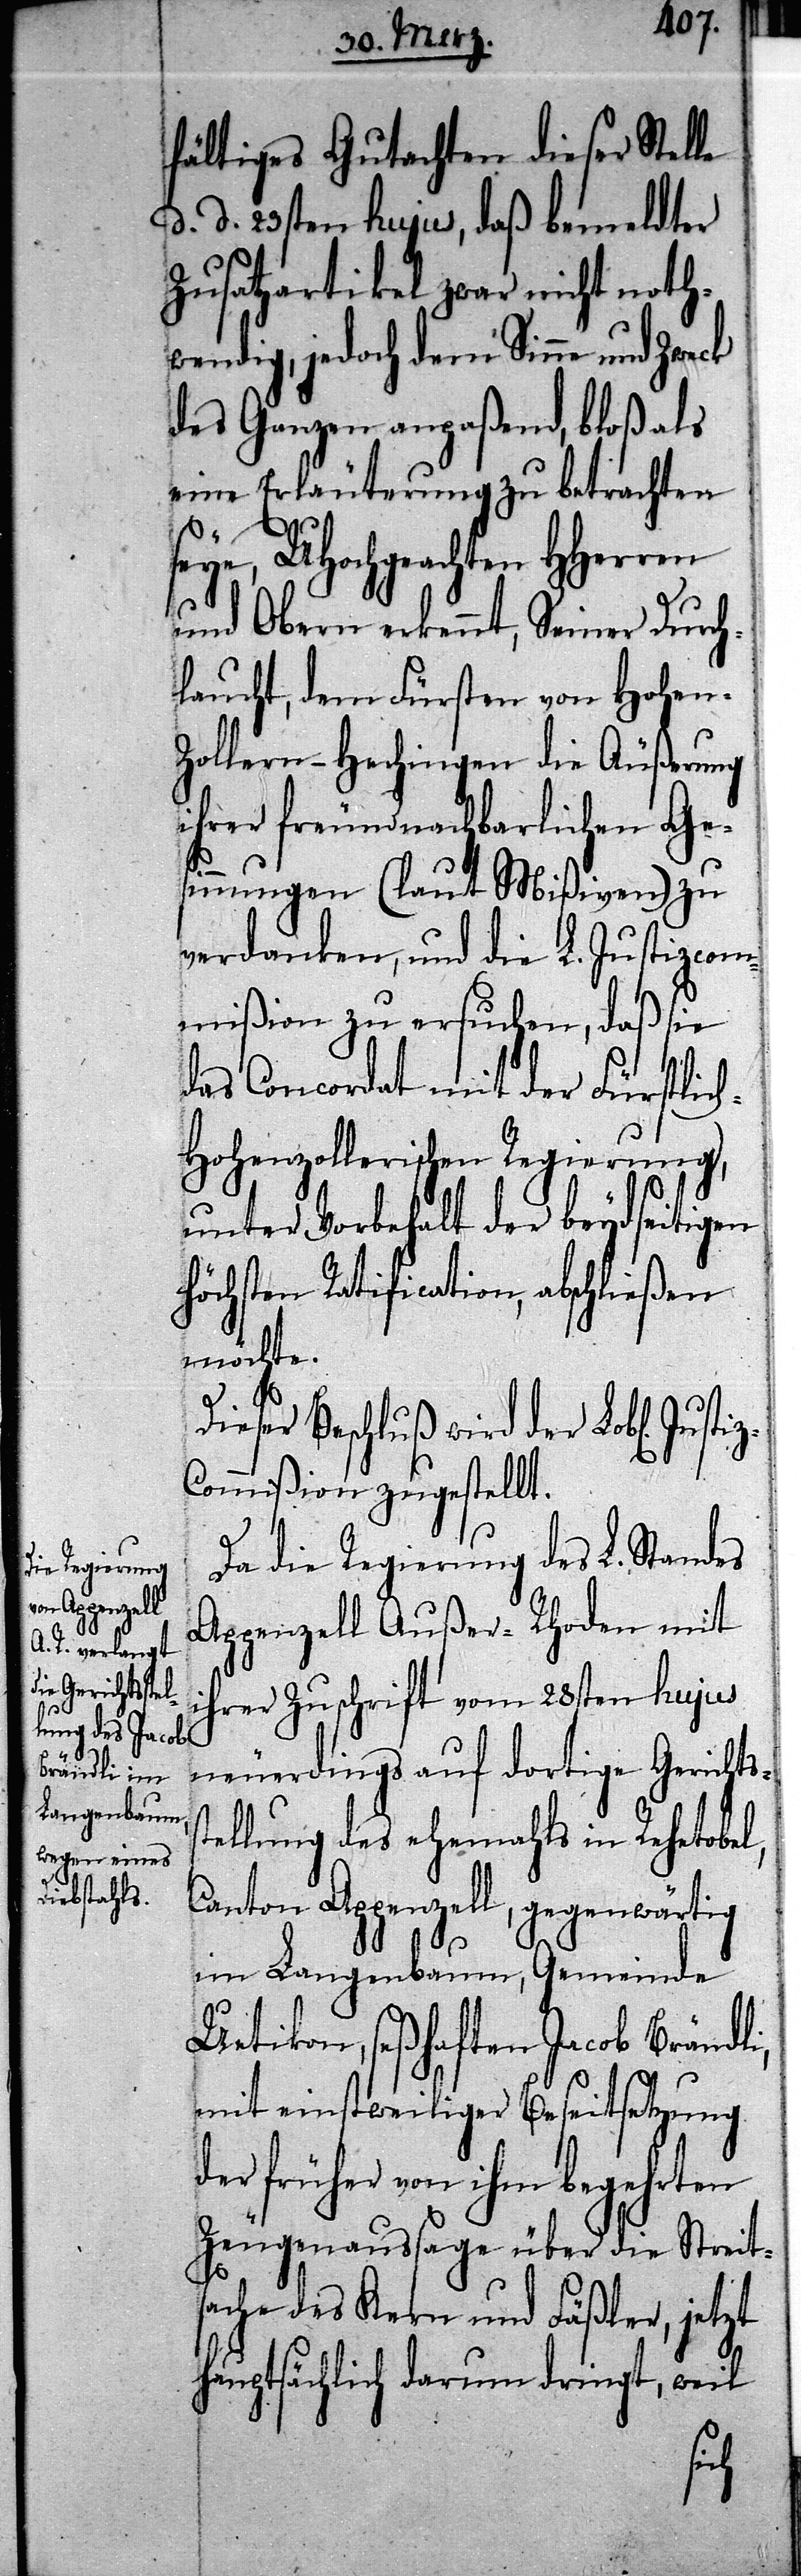
en] Justiz-C¬
fältiges Gutachten dieser Stelle
d. d. 23sten hujus, daß bemeldter
Zusatzartikel zwar nicht noth¬
wendig, jedoch dem Sinne und Zweck
des Ganze anpaßend, bloß als
eine Erläuterung zu betrachten
seye, UHochgeachten HHerren
und Obern erkennt, Seiner Durch¬
laucht, dem Fürsten von Hohen¬
zollern-Hechingen die Äußerung
ihrer freundnachbarlichen Ge¬
sinnungen (laut Mißiven) zu
verdanken, und die L. Justizcom¬
mißion zu ersuchen, daß sie
das Concordat mit der Fürstlic¬
h-Hohenzollerischen Regierung,
unter Vorbehalt der beydseitigen
höchsten Ratification, abschließen
möchte.
Dieser Beschluß wird der Lobl[ich¬
ommißion zugestellt.
Da die Regierung des L. Standes
Appezell Außer-Rhoden mit
ihrer Zuschrift vom 28sten hujus
neuerdings auf dortige Gerichts¬
tellung des ehemahls in Rehetobel,
Canton Appenzell, gegenwärtig
im Langenbaum, Gemeinde
Uetikon, seßhaften Jacob Brändli,
mit einstweiliger Beseitsetzung
der früher von ihm begehrten
Zeugenaussage über die Streit¬
sache des Kern und Fäßler, jetzt
hauptsächlich darum dringt, weil
s¬